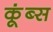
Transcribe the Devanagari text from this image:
कूंब्स